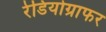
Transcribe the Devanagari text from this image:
रेडियोग्राफर